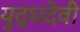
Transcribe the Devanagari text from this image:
युद्धदेवी